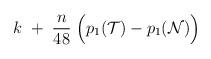
LaTeX: \begin{align*}k \;+ \; {n\over 48} \; \Bigl( p_1({\cal T}) - p_1({\cal N}) \Bigr)\end{align*}